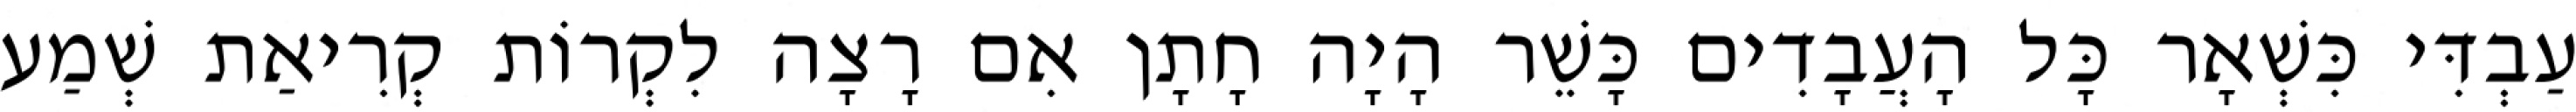
עַבְדִּי כִּשְׁאָר כָּל הָעֲבָדִים כָּשֵׁר הָיָה חָתָן אִם רָצָה לִקְרוֹת קְרִיאַת שְׁמַע